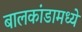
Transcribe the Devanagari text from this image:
बालकांडामध्ये